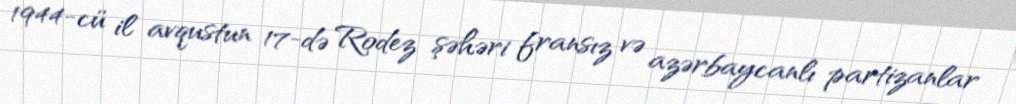
1944-cü il avqustun 17-də Rodez şəhəri fransız və azərbaycanlı partizanlar